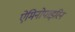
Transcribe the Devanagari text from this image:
ऐमिनोपाइरिन